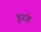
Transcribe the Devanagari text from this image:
डुरंत